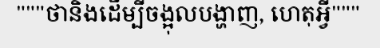
"""ថានិងដើម្បីចង្អុលបង្ហាញ, ហេតុអ្វី"""